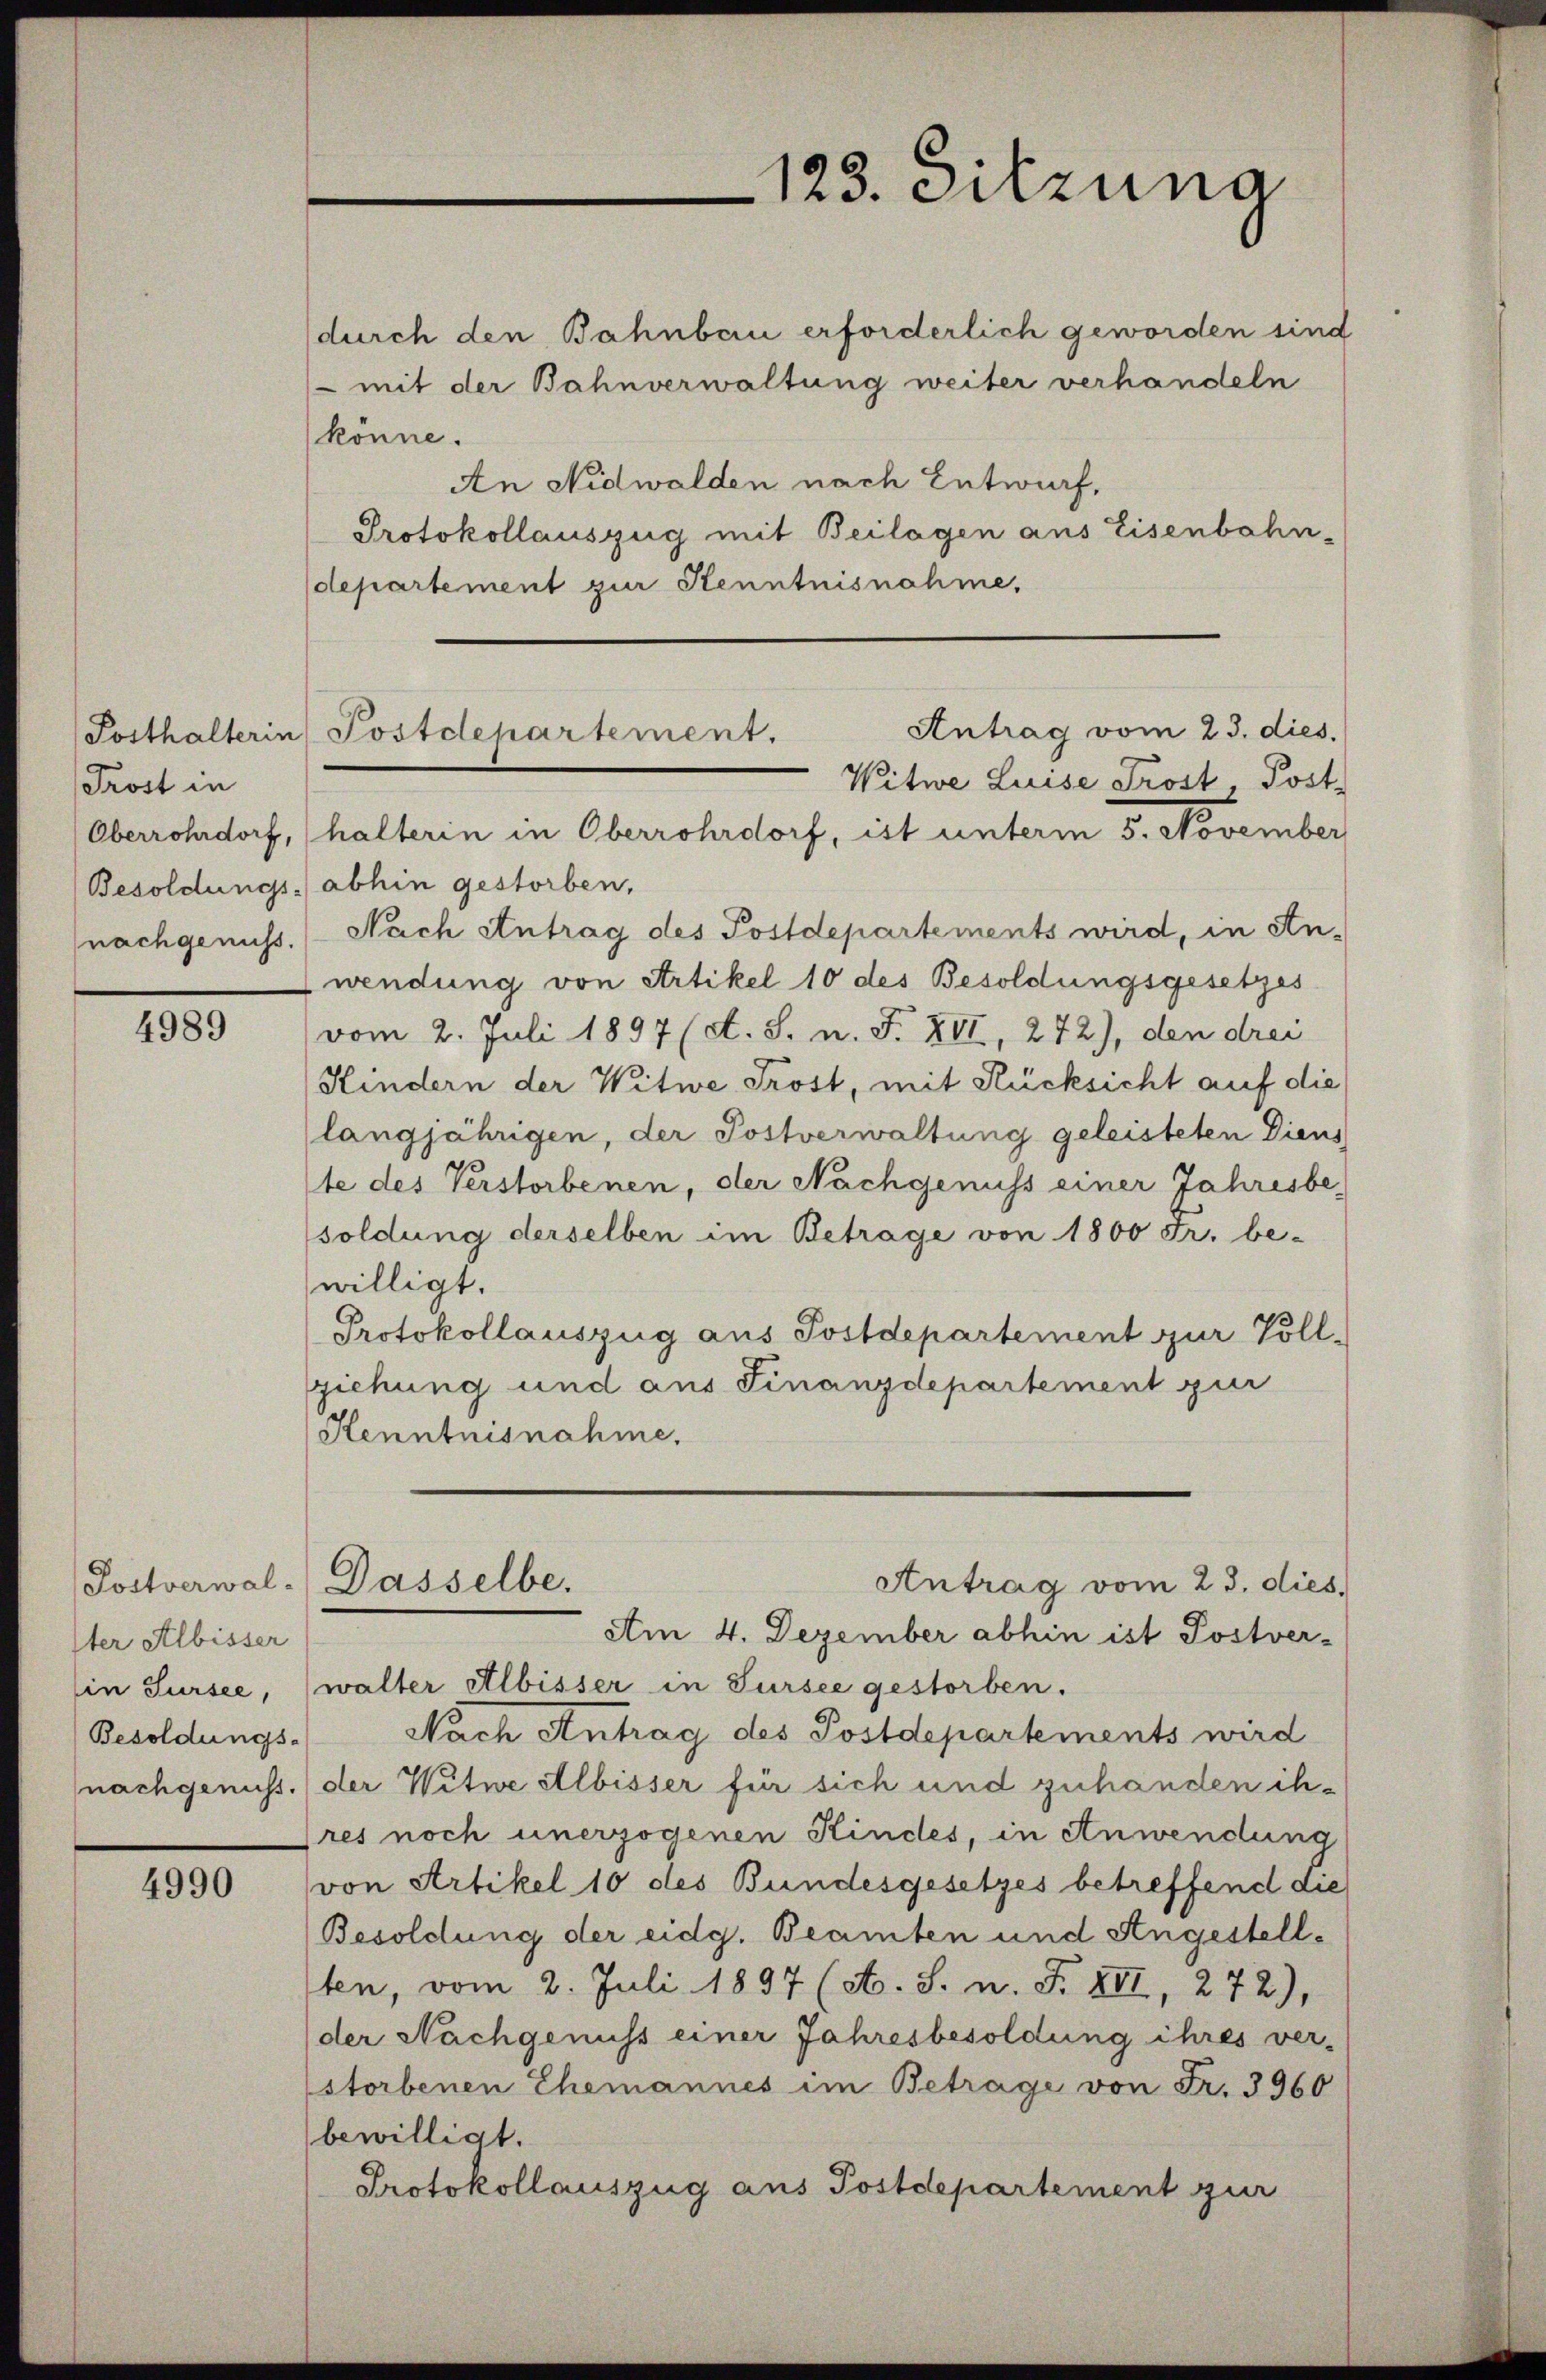
Posthalterin
Prost in
Oberrohrdorf,
Besoldungs-
nachgenuss.

4989

Postverwal-
Iter Albisser
in Sursee,
Besoldungs-
nachgenuss.

4990

123. Sitzuna

durch den Bahnbau erforderlich geworden sind
 mit der Bahnverwaltung weiter verhandeln
könne.
An Nidwalden nach Entwurf,
Protokollauszug mit Beilagen aus Eisenbahn-
departement zur Kenntnisnahme,
Witwe Luise Trost, Post-
halterin in Oberrohrdorf, ist unterm 5. November
abhin gestorben,
Nach Antrag des Postdepartements wird, in An-
wendung von Artikel 10 des Besoldungsgesetzes
vom 2. Juli 1897 (s. S. n. F. XII, 272), den drei
Kindern der Witwe Trost, mit Rücksicht auf die
langjährigen, der Postverwaltung geleisteten Diens
te des Verstorbenen, der Nachgenuss einer Jahresbesoldung derselben im Betrage von 1800 Fr. be-
willigt.
Protokollauszug aus Postdepartement zur Voll-
ziehung und aus Finanzdepartement zur
Henntnisnahme.
Antrag vom 23. dies.
Dasselbe.
Am 4. Dezember abhin ist Postver-
walter Albisser in Sursee gestorben.
Nach Antrag des Postdepartements wird
der Witwe Albisser für sich und zuhänden ihres noch unerzogenen Kindes, in Anwendung
von Artikel 10 des Bundesgesetzes betreffend die
Besoldung der eidg. Beamten und Angestellten, vom 2. Juli 1897 (A. S. n. F. XII, 272),
der Nachgenuss einer Jahresbesoldung ihres ver-
storbenen Ehemannes im Betrage von Fr. 3960
bewilligt.
Protokollauszug aus Postdepartement zur

Antrag vom 23. dies.
Postdepartement,